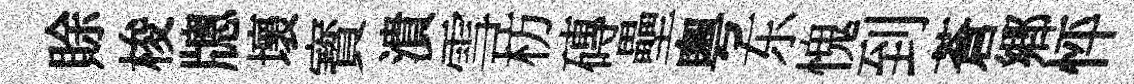
賖梭牕壞寳潰雪枋磚壘粵东愧到蒼郷怦